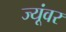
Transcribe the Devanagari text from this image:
ज्यूंवर